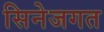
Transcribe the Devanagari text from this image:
सिनेजगत